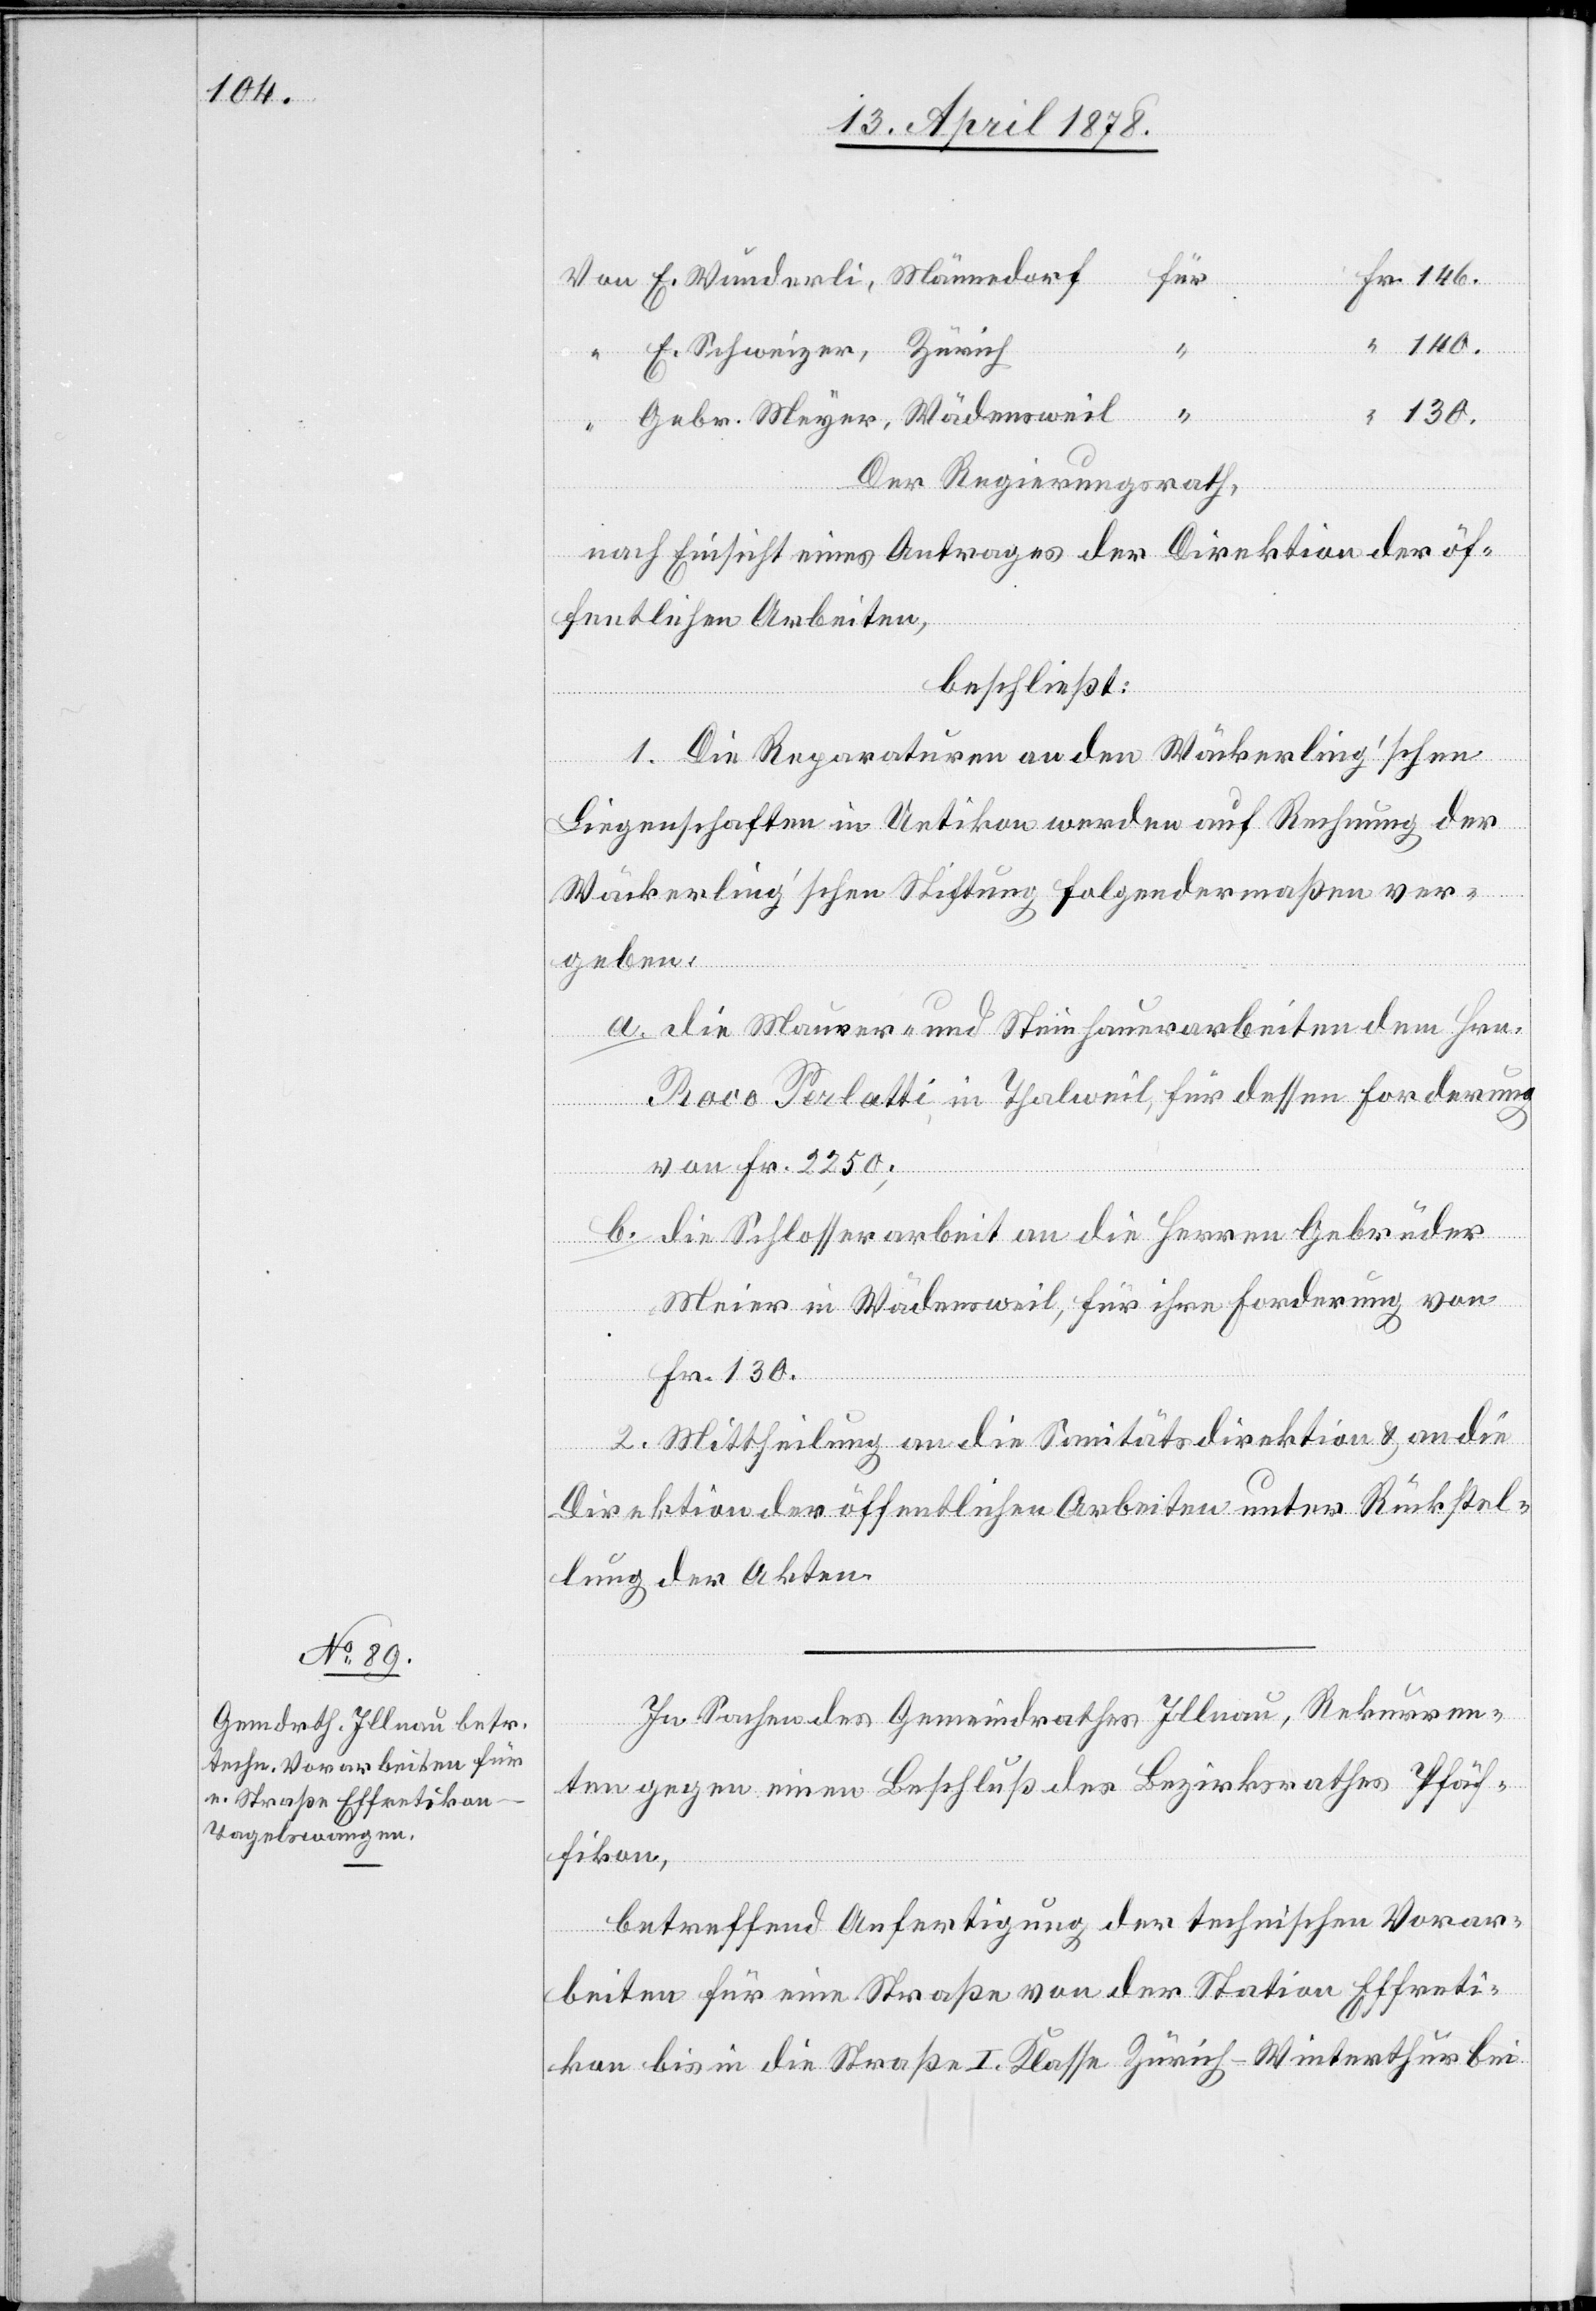
E.
140.
“
130.
Der Regierungsrath,
nach Einsicht eines Antrages der Direktion der öf¬
fentlichen Arbeiten,
beschließt:
1. Die Reparaturen an den Wäckerling’schen
Liegenschaften in Uetikon werden auf Rechnung der
Wäckerling’schen Stiftung folgendermaßen ver¬
geben:
a. die Maurer- und Steinhauerarbeiten dem Hrn.
[sic!] Perlatti in Thalweil, für dessen Forderung
von Fr. 2250;
b. die Schlosserarbeit an die Herren Gebrüder
Meier in Wädensweil, für ihre Forderung von
Fr. 130.
Meyer,
2. Mittheilung an die Sanitätsdirektion & an die
Direktion der öffentlichen Arbeiten unter Rückstel¬
lung der Akten.
In Sachen des Gemeindrathes Illnau, Rekurren¬
ten gegen einen Beschluß des Bezirksrathes Pfäf¬
fikon,
betreffend Anfertigung der technischen Vorar¬
beiten für eine Straße von der Station Effreti¬
kon bis in die Straße I. Klasse Zürich–Winterthur bei